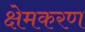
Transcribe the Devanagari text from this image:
क्षेमकरण